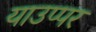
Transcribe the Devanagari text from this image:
याउप्पर